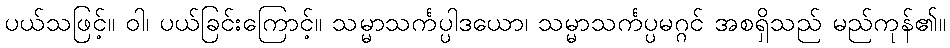
ပယ်သဖြင့်။ ဝါ၊ ပယ်ခြင်းကြောင့်။ သမ္မာသင်္ကပ္ပါဒယော၊ သမ္မာသင်္ကပ္ပမဂ္ဂင် အစရှိသည် မည်ကုန်၏။